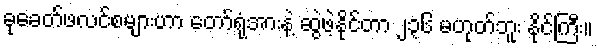
ခုခေတ်ဖလင်စများဟာ တော်ရုံအားနဲ့ ဆွဲဖဲ့နိုင်တာ ၂၃၆ မဟုတ်ဘူး နိုင်ကြီး။